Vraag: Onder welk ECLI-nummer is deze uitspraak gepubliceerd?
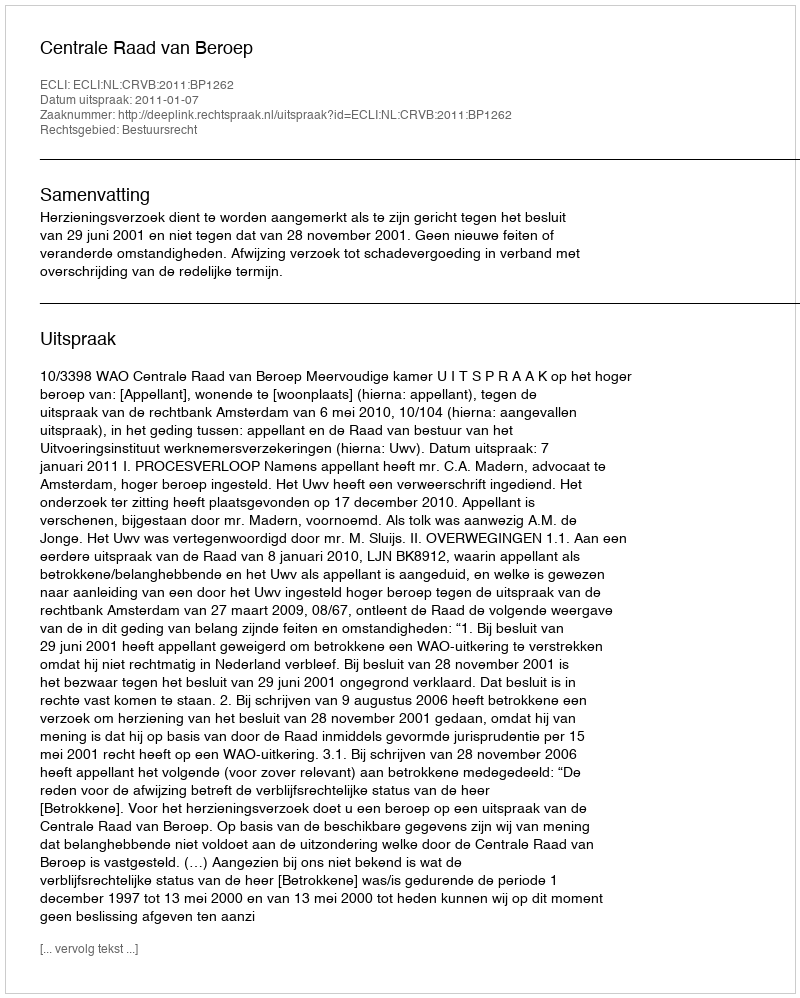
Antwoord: ECLI:NL:CRVB:2011:BP1262